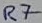
Text: R7